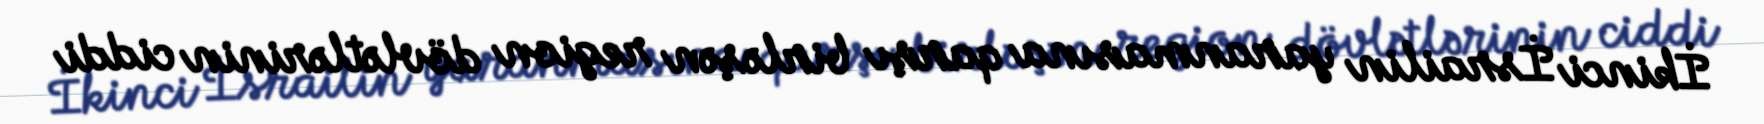
İkinci İsrailin yaranmasına qarşı birləşən region dövlətlərinin ciddi